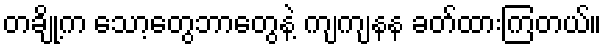
တချို့က သော့တွေဘာတွေနဲ့ ကျကျနန ခတ်ထားကြတယ်။